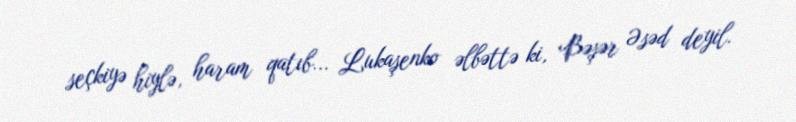
seçkiyə hiylə, haram qatıb... Lukaşenko əlbəttə ki, Bəşər Əsəd deyil.